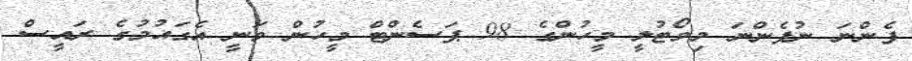
ފެންނަ ނުފެންނަ މިވޯޓުލީ މީހުންގެ 98 ޕަސެންޓް މީހުން ވަނީ އެގައުމުގެ ރައީސް